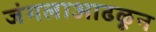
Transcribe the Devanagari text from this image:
जंगलाआढळून